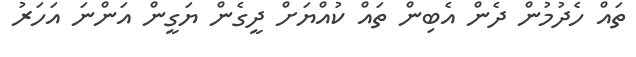
ތައް ހެދުމުން ދެން އެބިން ތައް ކުއްޔަށް ދީގެން ޔަގީން އަންނަ އަހަރު